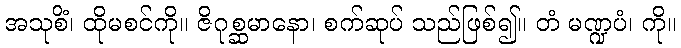
အသုစိံ၊ ထိုမစင်ကို။ ဇိဂုစ္ဆမာနော၊ စက်ဆုပ် သည်ဖြစ်၍။ တံ မဏ္ဍပံ၊ ကို။